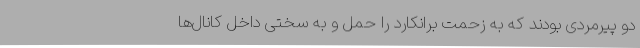
دو پیرمردی بودند که به زحمت برانکارد را حمل و به سختی داخل کانال‌ها